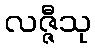
လဇ္ဇီသု